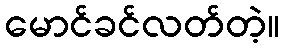
မောင်ခင်လတ်တဲ့။